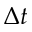
\Delta t